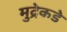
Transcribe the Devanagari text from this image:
मुद्रेकडे